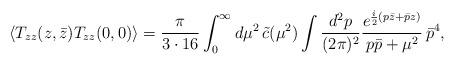
LaTeX: \begin{align*}\langle T_{zz}(z,\bar{z})T_{zz}(0,0)\rangle = \frac{\pi}{3\cdot 16}\int_0^\infty d\mu^2 \, \tilde{c}(\mu^2)\int \frac{d^2 p}{(2\pi)^2} \frac{e^{\frac{i}{2}(p\bar{z}+\bar{p}z)}}{p\bar{p}+\mu^2} \, \bar{p}^4,\end{align*}